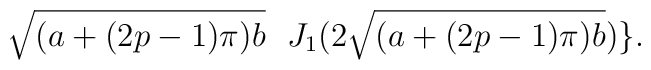
\sqrt{(a+(2p-1)\pi)b} \ \ J_1(2 \sqrt{(a+(2p-1)\pi)b})\}.